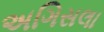
અગિસલા